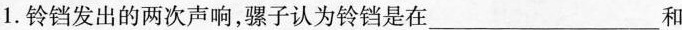
1.铃铛发出的两次声响，骡子认为铃铛是在___ 和